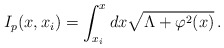
\begin{align*}I_p(x,x_i) = \int^{x}_{x_i}{dx \sqrt{\Lambda + \varphi^2(x)}}\,.\end{align*}